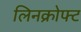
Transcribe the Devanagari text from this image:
लिनक्रोफ्ट